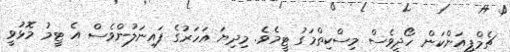
ޗެމްޕިއަންކަން ހޯދީވެސް މިސްކިތްމަގު ޓީމެވެ. މިދިޔަ އަހަރުގެ ފައިނަލުންވެސް އެ ޓީމު މޮޅުވީ